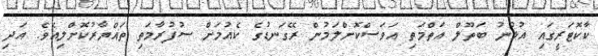
ކާކޮޓަރީގައި އުޅުނު ބަތޫލް އަތްމަތި އަވަސްކޮށްލަމުން ރޭގަނޑުގެ ކެއުމަށް ސުފުރާމަތި ތައްޔާރުކޮށްލިއެވެ. އަދި